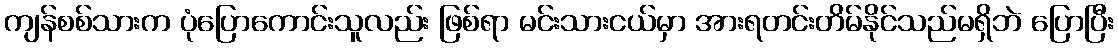
ကျန်စစ်သားက ပုံပြောကောင်းသူလည်း ဖြစ်ရာ မင်းသားငယ်မှာ အားရတင်းတိမ်နိုင်သည်မရှိဘဲ ပြောပြီး